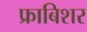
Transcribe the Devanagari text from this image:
फ्राबिशर